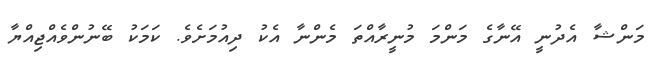
މަންޝާ އެދުނީ އޭނާގެ މަންމަ މުނީރާއްތަ މެންނާ އެކު ދިއުމަށެވެ. ކަމަކު ބޭނުންވެއްޖިއްޔާ